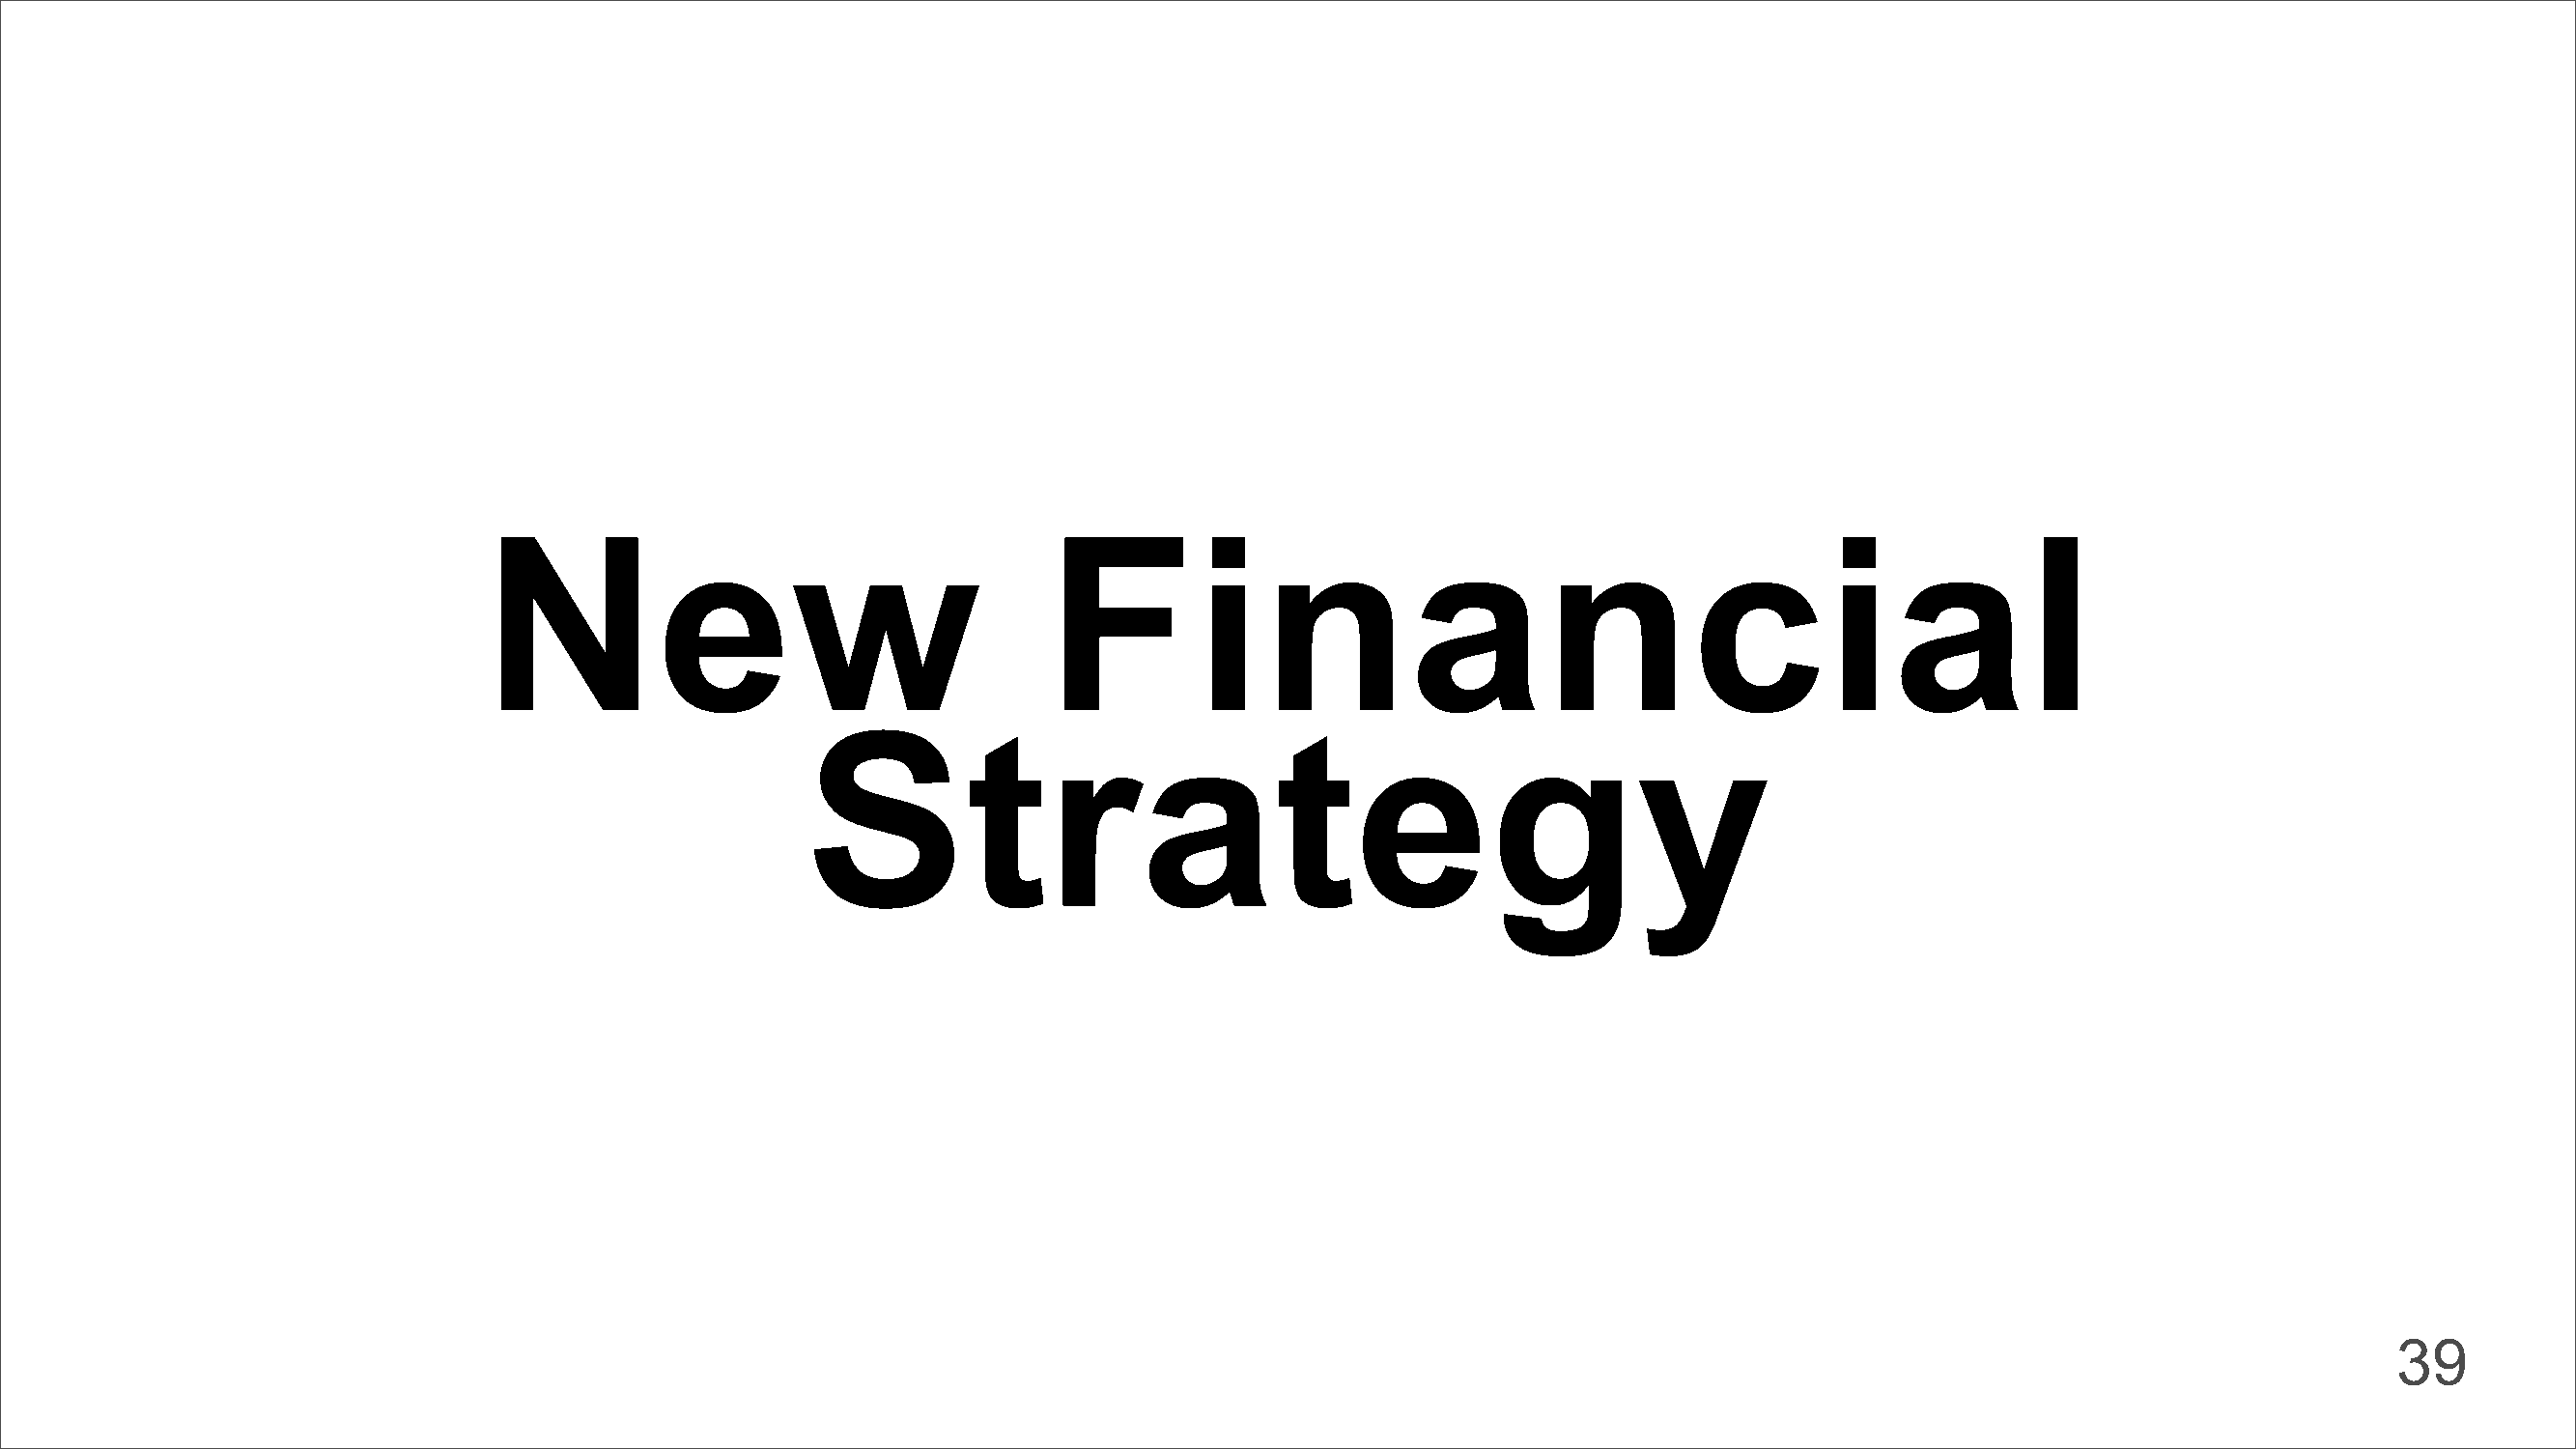
New                                    Financial
 Strategy
 39